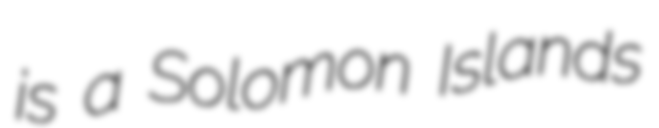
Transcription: is a Solomon Islands